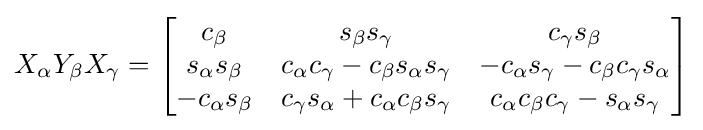
X_{\alpha }Y_{\beta }X_{\gamma }={\begin{bmatrix}c_{\beta }&s_{\beta }s_{\gamma }&c_{\gamma }s_{\beta }\\s_{\alpha }s_{\beta }&c_{\alpha }c_{\gamma }-c_{\beta }s_{\alpha }s_{\gamma }&-c_{\alpha }s_{\gamma }-c_{\beta }c_{\gamma }s_{\alpha }\\-c_{\alpha }s_{\beta }&c_{\gamma }s_{\alpha }+c_{\alpha }c_{\beta }s_{\gamma }&c_{\alpha }c_{\beta }c_{\gamma }-s_{\alpha }s_{\gamma }\end{bmatrix}}